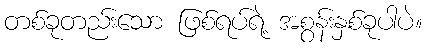
တစ်ခုတည်းသော ဖြစ်ရပ်ရဲ့ အစွန်းနှစ်ခုပါပဲ။